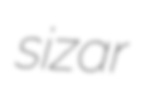
sizar